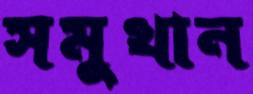
সমুত্থান